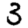
Digit: 3